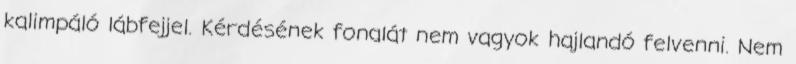
kalimpáló lábfejjel. Kérdésének fonalát nem vagyok hajlandó felvenni. Nem